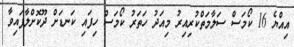
އިއްޔެ 16 ކޯމަސް ސަލާމަތްކުރިއިރު މިއަދު ހަތަރު ކޯމަސް ހިފައި ކަނޑަށް ދޫކޮށްލާފައިވާ